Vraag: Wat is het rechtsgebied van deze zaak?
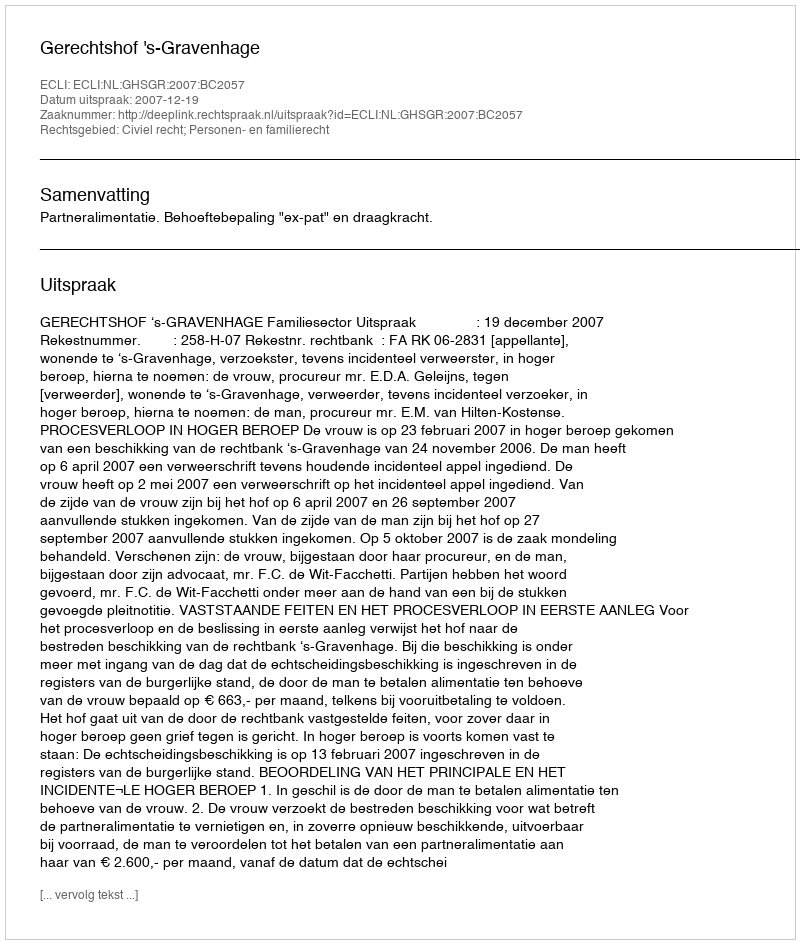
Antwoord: Civiel recht; Personen- en familierecht